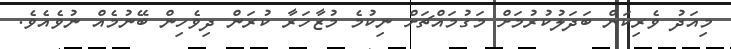
މިއަދު ވެރިކަން ބަދަލުކުރުމަށް މަގުމައްޗަށް ނިކުމެ މުޒާހަރާ ކުރަން ދިވެހިން ބޭނުމެއް ނުވެއެވެ.